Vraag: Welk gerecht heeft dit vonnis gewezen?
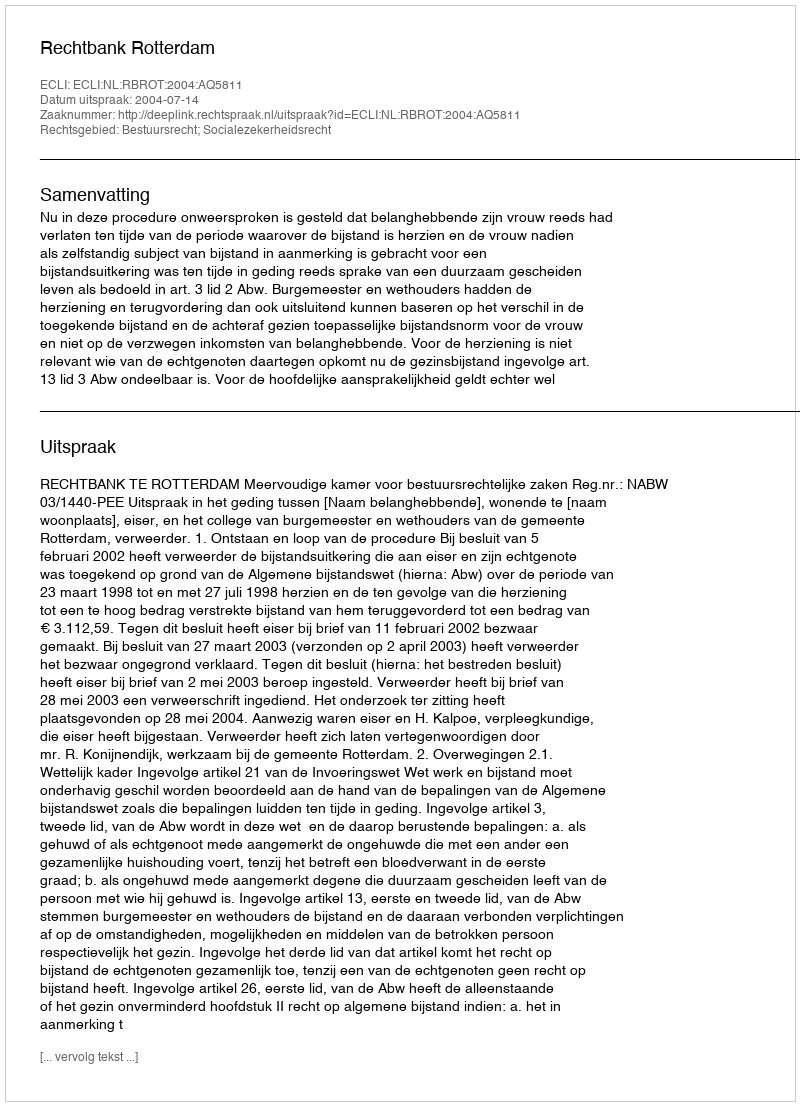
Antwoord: Rechtbank Rotterdam